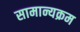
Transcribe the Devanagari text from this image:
सामान्यक्रम